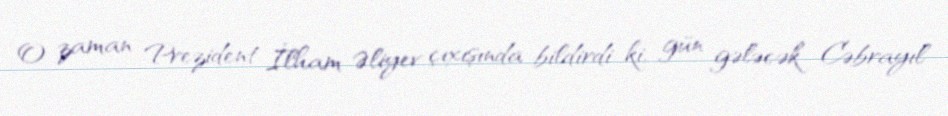
O zaman Prezident İlham Əliyev çıxışında bildirdi ki, gün gələcək Cəbrayıl